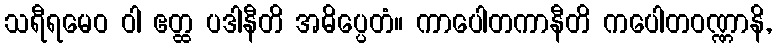
သရီရမေဝ ဝါ ဧတ္ထ ပဒါနီတိ အဓိပ္ပေတံ။ ကာပေါတကာနီတိ ကပေါတဝဏ္ဏာနိ,